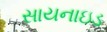
સાયનાઇડ